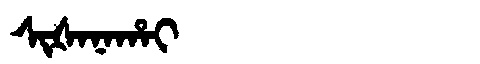
Manchu: ᠰᡳᡧᠠᠨᠠᡥᠠᡳ
Romanization: SIŠANAHAI